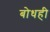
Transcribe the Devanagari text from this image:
बोधही